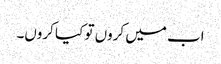
اب میں کروں تو کیا کروں۔